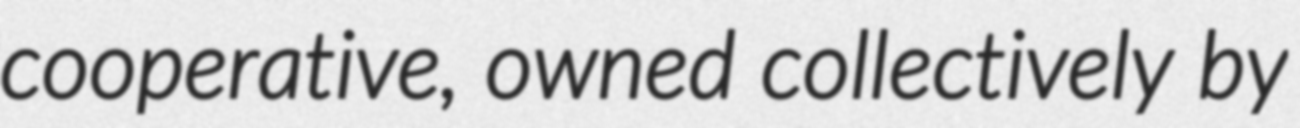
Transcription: cooperative, owned collectively by